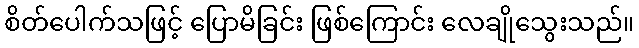
စိတ်ပေါက်သဖြင့် ပြောမိခြင်း ဖြစ်ကြောင်း လေချိုသွေးသည်။